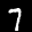
Label: 7